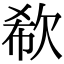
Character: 欷